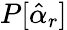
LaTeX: P[\hat{\alpha}_{r}]